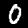
Digit: 0